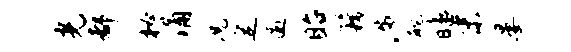
光都秘涌况定逾眙籍涉酡皤末晏